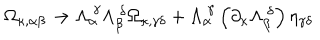
LaTeX: \Omega _ { \kappa , \alpha \beta } \rightarrow \Lambda _ { \alpha } ^ { \ \gamma } \Lambda _ { \beta } ^ { \ \delta } \Omega _ { \kappa , \gamma \delta } + \Lambda _ { \alpha } ^ { \ \gamma } \left( \partial _ { \kappa } \Lambda _ { \beta } ^ { \ \delta } \right) \eta _ { \gamma \delta }